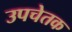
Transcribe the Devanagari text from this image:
उपचेतक